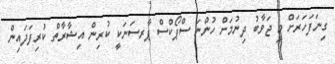
ގިނަފަހަރަށް މި ޖަވާބު ދިނުމަށް ހުންނަ ސްޕޯކްސް ޕާރސަނަކީ ކުރިން އިޝާރާތް ކުރިފަދައިން